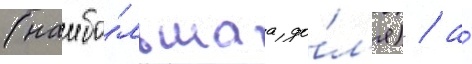
(наибо́льшаа до́л'я) / а́